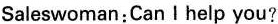
Saleswoman:Can I help you?